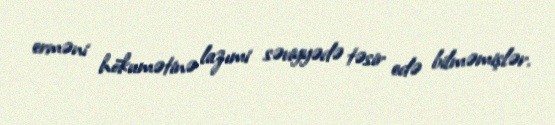
erməni hökumətinə lazımi səviyyədə təsir edə bilməmişlər.